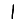
Digit: 1